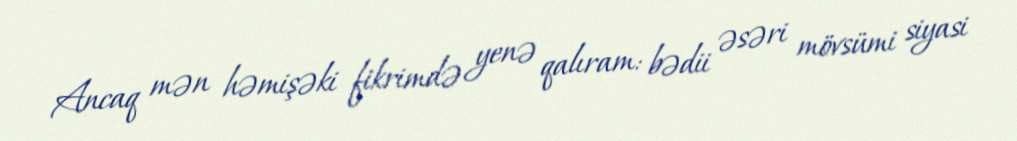
Ancaq mən həmişəki fikrimdə yenə qalıram: bədii əsəri mövsümi siyasi